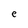
Character: e